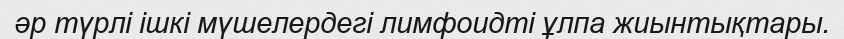
әр түрлі ішкі мүшелердегі лимфоидті ұлпа жиынтықтары.